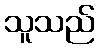
သူသည်